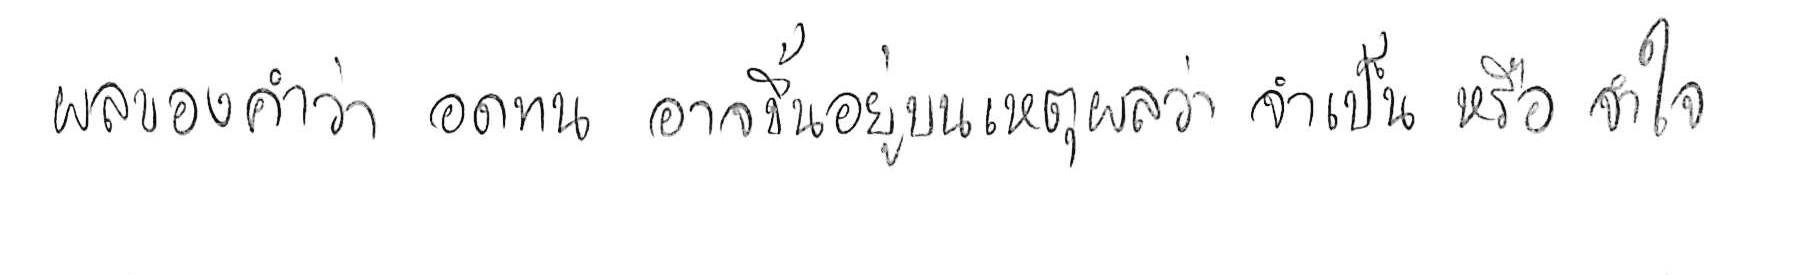
ผลของคำว่า อดทน อาจขึ้นอยู่บนเหตุผลว่า จำเป็น หรือ จำใจ